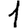
Digit: 1